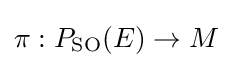
\pi :P_{\operatorname {SO} }(E)\rightarrow M